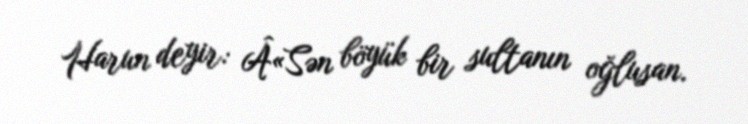
Harun deyir: Â«Sən böyük bir sultanın oğlusan.